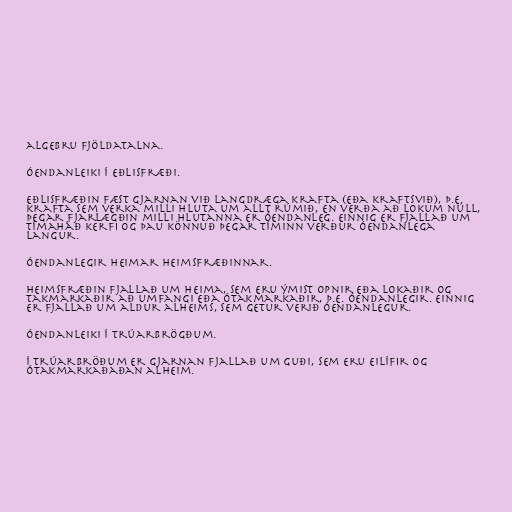
algebru fjöldatalna.

Óendanleiki í eðlisfræði.

Eðlisfræðin fæst gjarnan við langdræga krafta (eða kraftsvið), þ.e.
krafta sem verka milli hluta um allt rúmið, en verða að lokum núll,
þegar fjarlægðin milli hlutanna er óendanleg. Einnig er fjallað um
tímaháð kerfi og þau könnuð þegar tíminn verður óendanlega
langur.

Óendanlegir heimar heimsfræðinnar.

Heimsfræðin fjallað um heima, sem eru ýmist opnir eða lokaðir og
takmarkaðir að umfangi eða ótakmarkaðir, þ.e. óendanlegir. Einnig
er fjallað um aldur alheims, sem getur verið óendanlegur.

Óendanleiki í trúarbrögðum.

Í trúarbröðum er gjarnan fjallað um guði, sem eru eilífir og
ótakmarkaðaðan alheim.